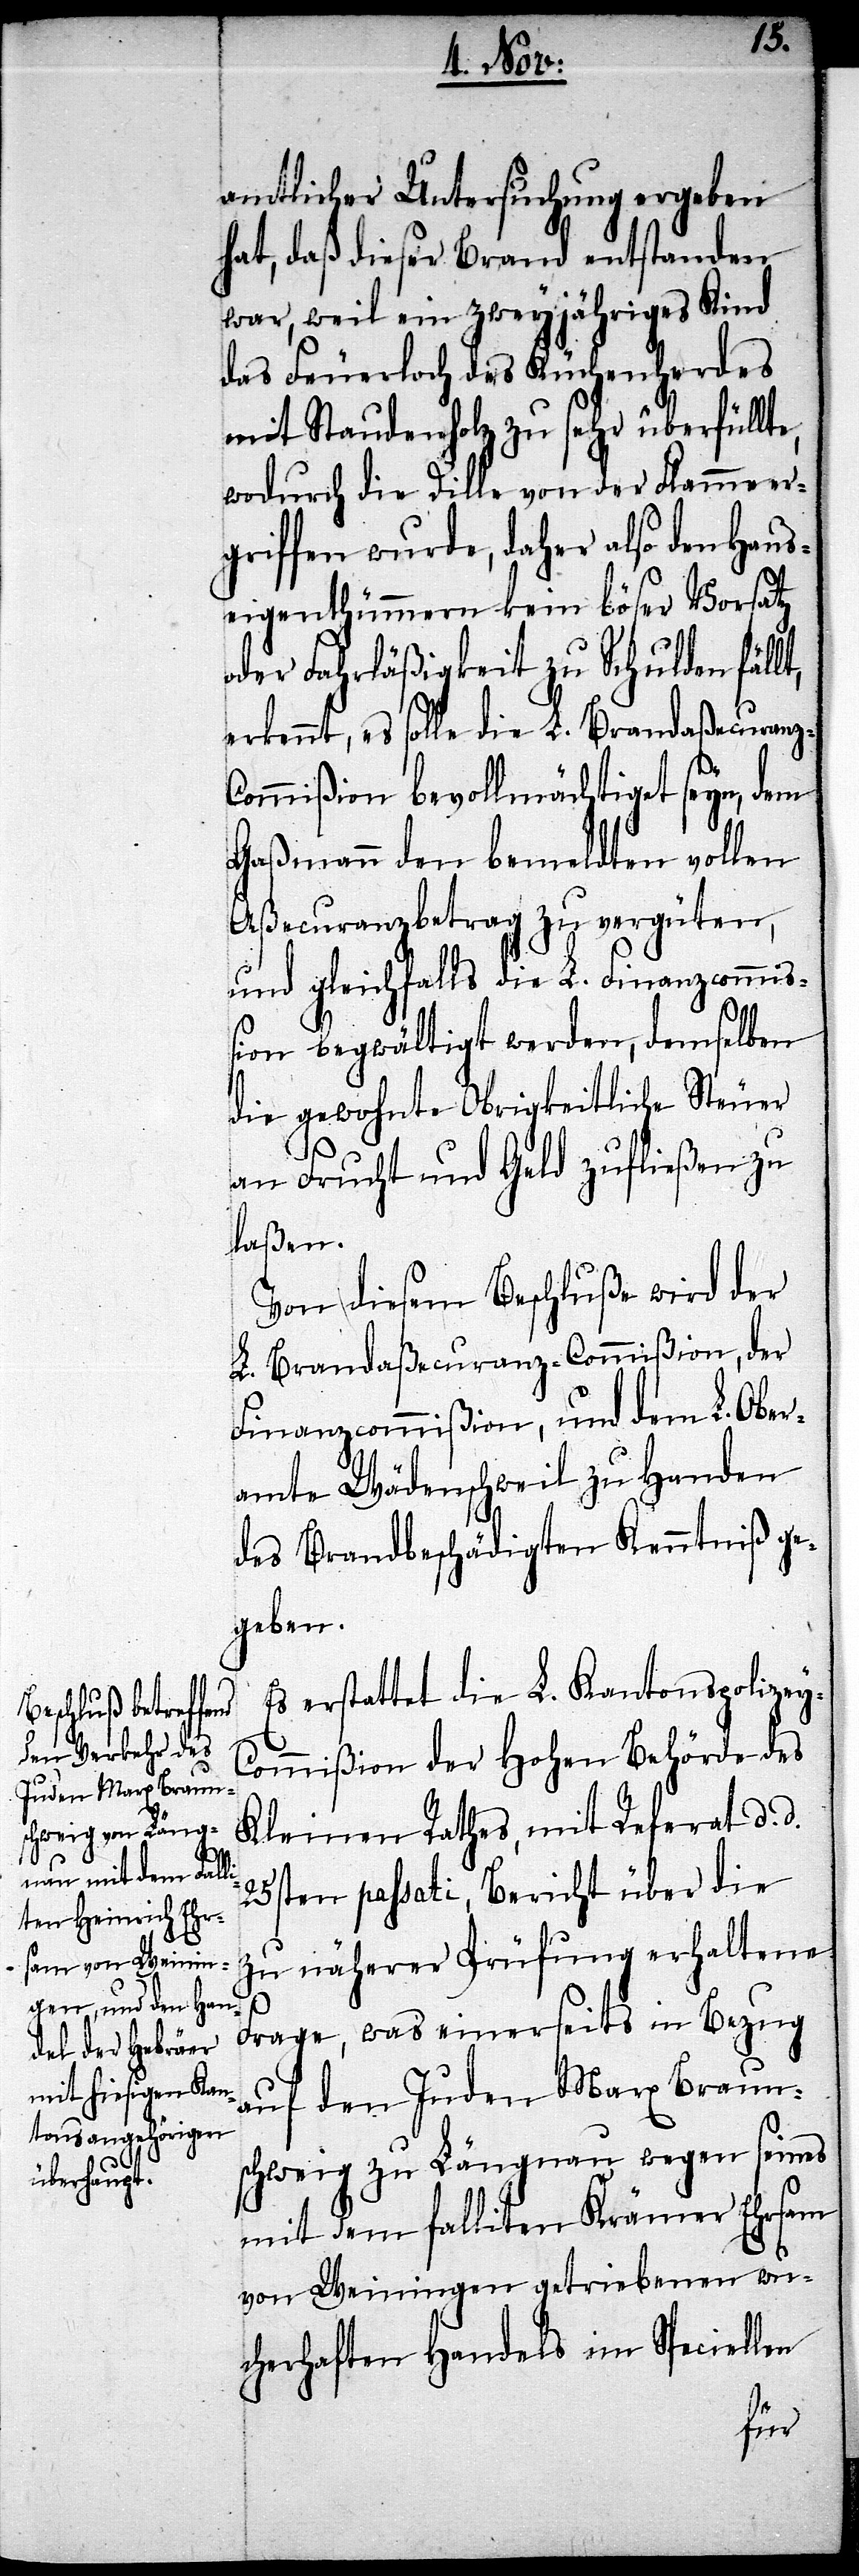
amtlicher Untersuchung ergeben
hat, daß dieser Brand entstanden
war, weil ein zweyjähriges Kind
das Feuerloch des Küchenherdes
mit Staudenholz zu sehr überfüllte,
wodurch die Dille von der Flammen er¬
griffen wurde, daher also den Haus¬
eigenthümern kein böser Vorsatz
oder Fahrläßigkeit zu Schulden fällt,
erkennt, es solle die L. Brandaßecuranz-C¬
ommißion bevollmächtiget seyn, dem
Gaßmann den bemeldten vollen
Aßecuranzbetrag zu vergüten,
und gleichfalls die L. Finanzcommiß¬
ion begwältigt werden, demselben
die gewohnte Obrigkeitliche Steuer
an Frucht und Geld zufließen zu
laßen.
Von diesem Beschluße wird der
L. Brandaßecuranz-Commißion, der
Finanzcommißion, und dem L. Ober¬
amte Wädenschweil zu Handen
des Brandbeschädigten Kenntniß ge¬
geben.
Es erstattet die L. Kantonspolizey-C¬
ommißion der Hohen Behörde des
Kleinen Rathes, mit Referat d. d.
25tsen passati, Bericht über die
zu näherer Prüfung erhaltene
s
Frage, was einerseits in Bezug
auf den Juden Marx Braun¬
schweig zu Längnau wegen seines
mit dem falliten Krämer Ehrsam
von Weiningen getriebenen Handel¬